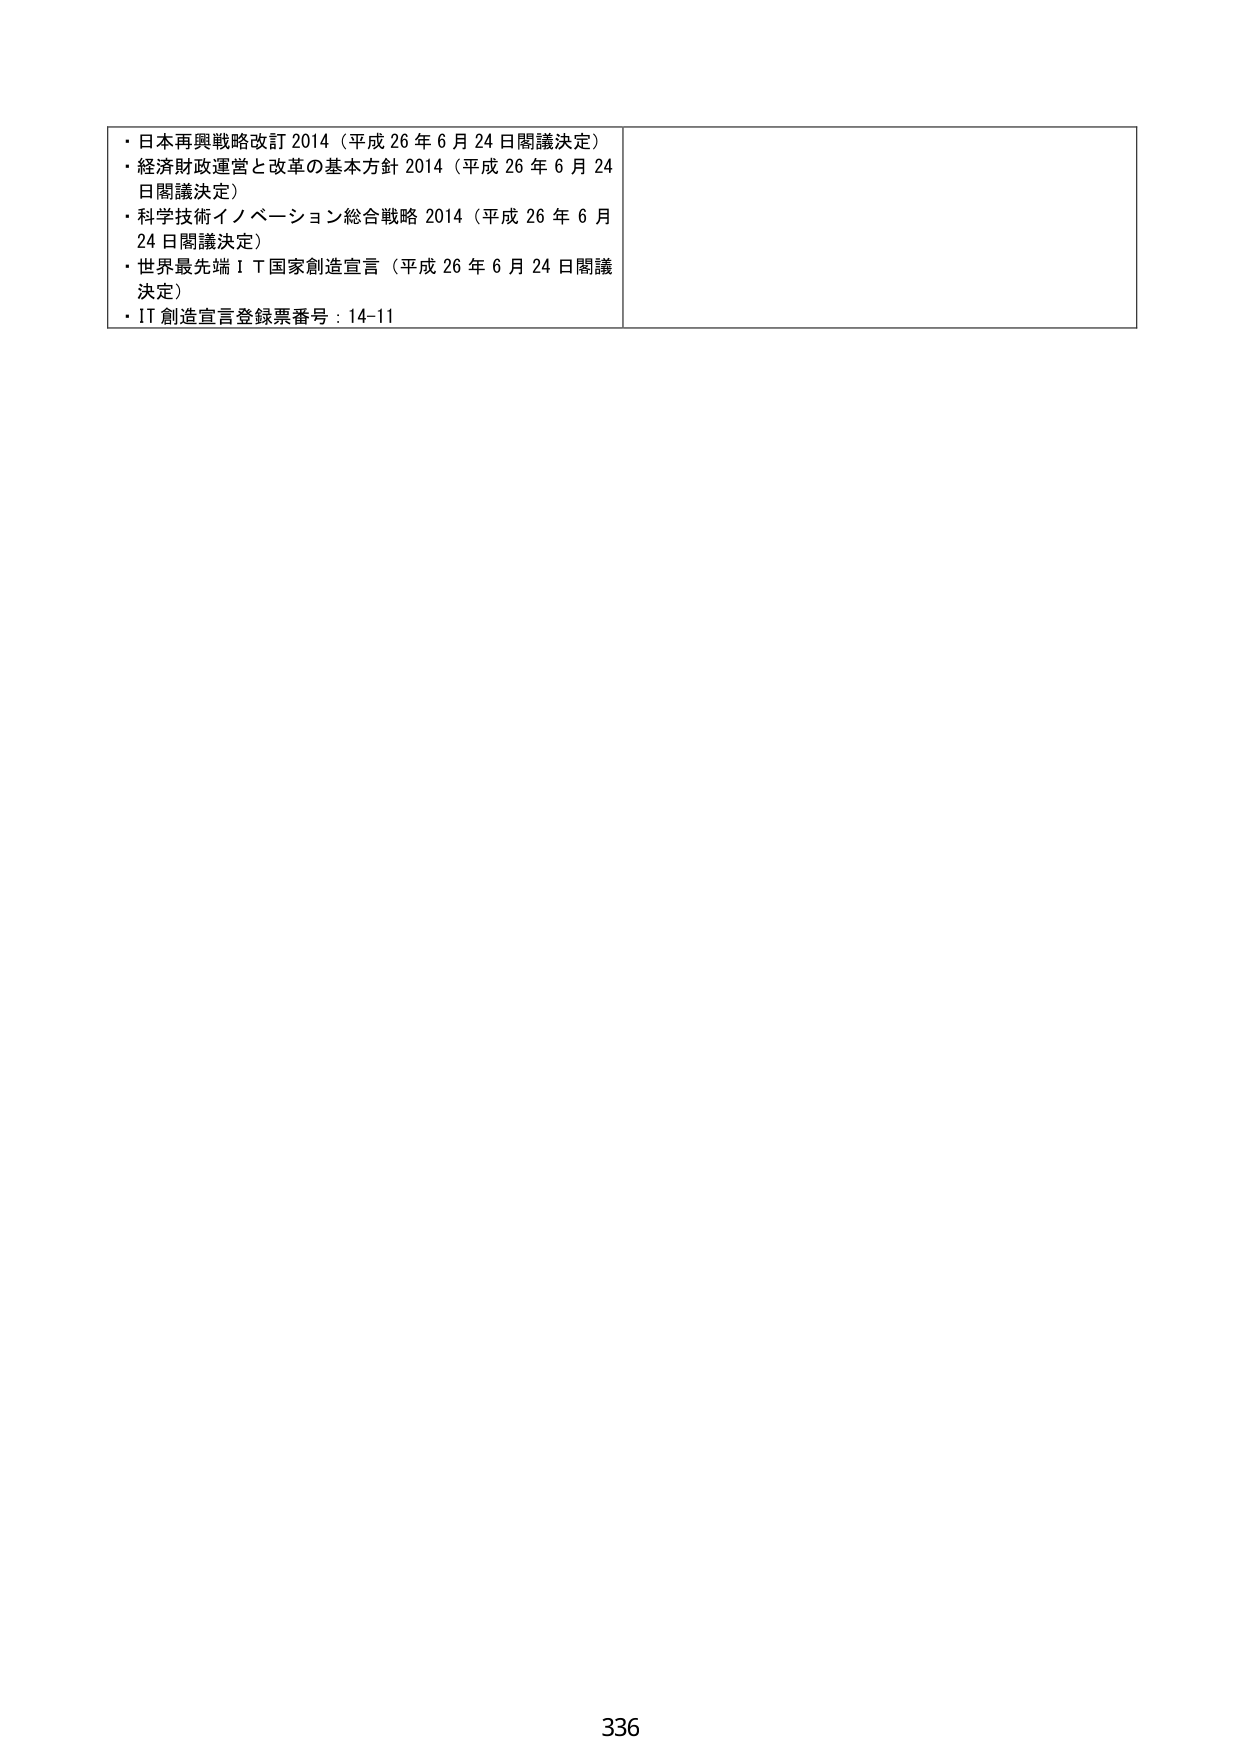
・日本再興戦略改訂 2014（平成 26 年 6 月 24 日閣議決定）
・経済財政運営と改革の基本方針 2014（平成 26 年 6 月 24 日閣議決定）
・科学技術イノベーション総合戦略 2014（平成 26 年 6 月 24 日閣議決定）
・世界最先端ＩＴ国家創造宣言（平成 26 年 6 月 24 日閣議決定）
・IT 創造宣言登録票番号：14-11

336